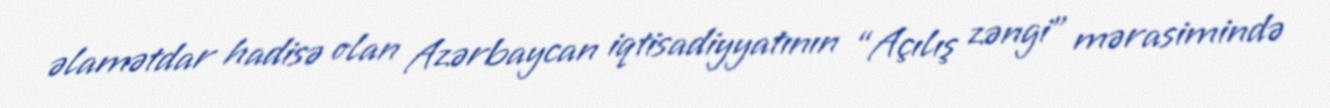
əlamətdar hadisə olan Azərbaycan iqtisadiyyatının “Açılış zəngi” mərasimində